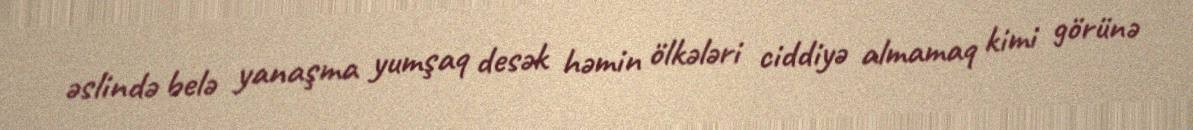
əslində belə yanaşma yumşaq desək həmin ölkələri ciddiyə almamaq kimi görünə